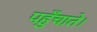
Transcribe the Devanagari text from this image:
पहुँचाते।